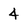
Character: 4